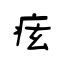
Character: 痃